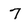
Character: 7